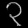
Digit: ၃